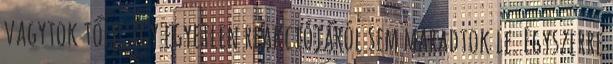
vagytok tőle. Így egyetlen reakciójáról sem maradtok le. Egyszerre